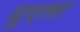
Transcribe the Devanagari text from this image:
मुएला